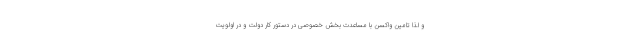
و لذا تامین واکسن با مساعدت بخش خصوصی در دستور کار دولت و در اولویت